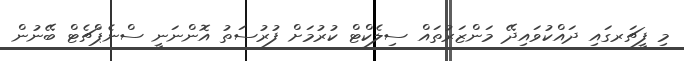
މި ފީޗަރގައި ދައްކުވައިދޭ މަންޒަރުތައް ސިލެކްޓް ކުރުމަށް ފުރުސަތު އޮންނަނީ ސްނެޕްޗެޓް ބޭނުން